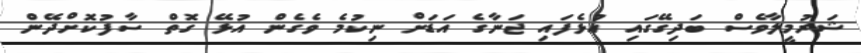
ޝަރުމީލާވެސް ބަދިގޭގައި އުޅެފައި ޖަނާގެ އަޑަށް ނިކުމެ ވެގެން އުޅޭ ގޮތް ސާފުކޮށްދޭން